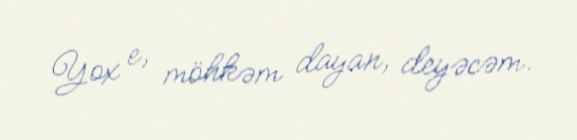
Yox e, möhkəm dayan, deyəcəm.